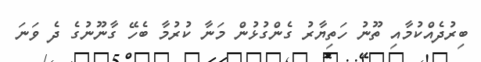
ބިރުދެއްކުމާއި ތޫނު ހަތިޔާރު ގެންގުޅުން މަނާ ކުރުމާ ބެހޭ ގާނޫނުގެ ދެ ވަނަ